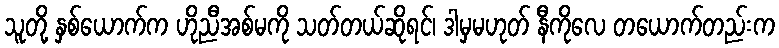
သူတို့ နှစ်ယောက်က ဟိုညီအစ်မကို သတ်တယ်ဆိုရင်၊ ဒါမှမဟုတ် နီကိုလေ တယောက်တည်းက